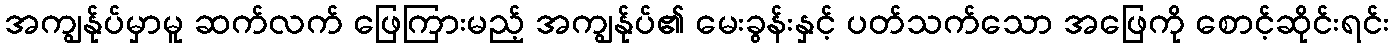
အကျွန်ုပ်မှာမူ ဆက်လက် ဖြေကြားမည့် အကျွန်ုပ်၏ မေးခွန်းနှင့် ပတ်သက်သော အဖြေကို စောင့်ဆိုင်းရင်း